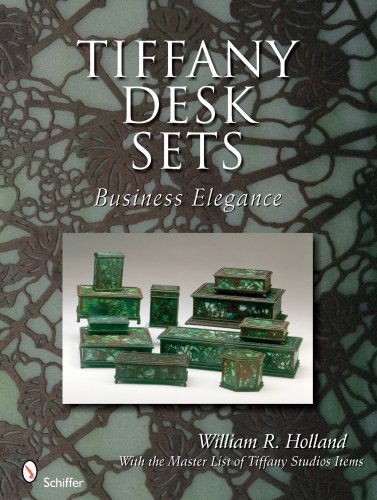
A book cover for Tiffany Desk Sets; William R. Holland; Crafts, Hobbies & Home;